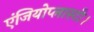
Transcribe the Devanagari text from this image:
एंजियोप्लास्टी।